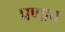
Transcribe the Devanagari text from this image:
प्रणाव